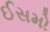
ઈસમો